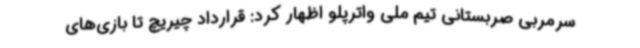
سرمربی صربستانی تیم ملی واترپلو اظهار کرد: قرارداد چیریچ تا بازی‌های